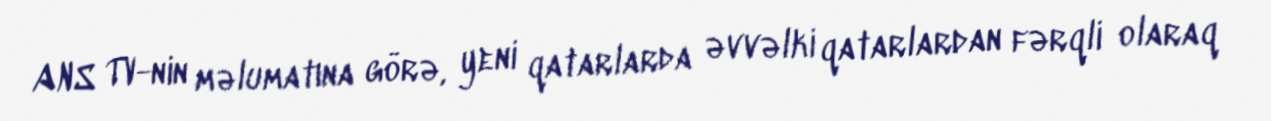
ANS TV-nin məlumatına görə, yeni qatarlarda əvvəlki qatarlardan fərqli olaraq